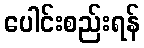
ပေါင်းစည်းရန်